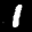
Label: 1